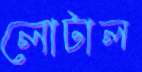
লোটাল